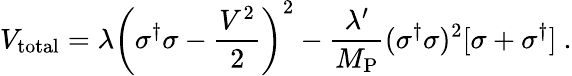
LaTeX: V_{\mathrm{total}}=\lambda\left(\sigma^{\dagger}\sigma-\frac{V^{2}}{2}\right)^{2}-\frac{\lambda^{\prime}}{M_{\mathrm{P}}}(\sigma^{\dagger}\sigma)^{2}[\sigma+\sigma^{\dagger}]~.